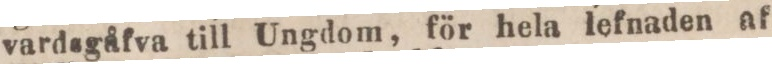
vardsgåfva till Ungdom, för hela lefnaden af